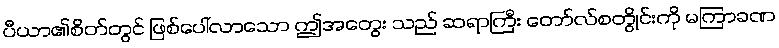
ပီယာ၏စိတ်တွင် ဖြစ်ပေါ်လာသော ဤအတွေး သည် ဆရာကြီး တော်လ်စတွိုင်းကို မကြာခဏ